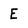
Character: E